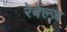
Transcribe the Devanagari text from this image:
रेबेल्ज़